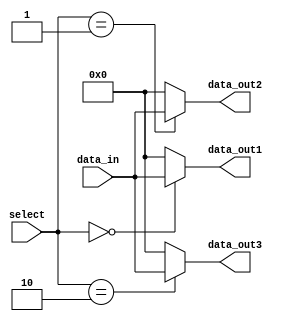
module Demultiplexer (
    input [7:0] data_in,
    input [2:0] select,
    output [7:0] data_out1,
    output [7:0] data_out2,
    output [7:0] data_out3
);

reg [7:0] data_out1_reg;
reg [7:0] data_out2_reg;
reg [7:0] data_out3_reg;

always @(*)
begin
    case(select)
        3'b000: begin
            data_out1_reg = data_in;
            data_out2_reg = 8'b00000000;
            data_out3_reg = 8'b00000000;
        end
        3'b001: begin
            data_out1_reg = 8'b00000000;
            data_out2_reg = data_in;
            data_out3_reg = 8'b00000000;
        end
        3'b010: begin
            data_out1_reg = 8'b00000000;
            data_out2_reg = 8'b00000000;
            data_out3_reg = data_in;
        end
        default: begin
            data_out1_reg = 8'b00000000;
            data_out2_reg = 8'b00000000;
            data_out3_reg = 8'b00000000;
        end
    endcase
end

assign data_out1 = data_out1_reg;
assign data_out2 = data_out2_reg;
assign data_out3 = data_out3_reg;

endmodule